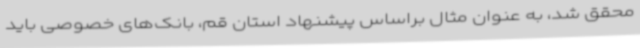
محقق شد، به عنوان مثال براساس پیشنهاد استان قم، بانک‌های خصوصی باید